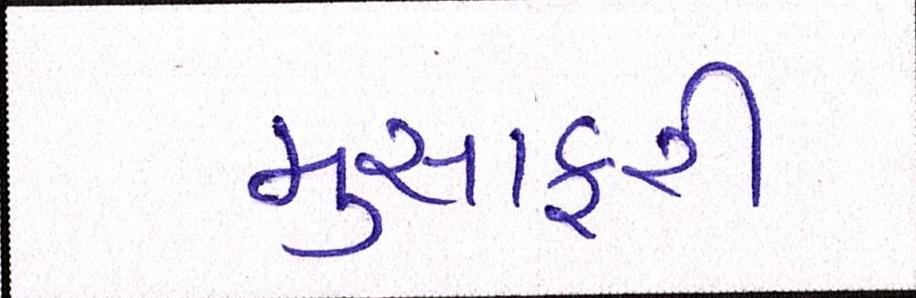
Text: મુસાફરી